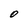
Character: O